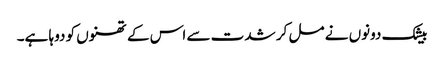
بیشک دونوں نے مل کر شدت سے اس کے تھنوں کو دوہا ہے۔